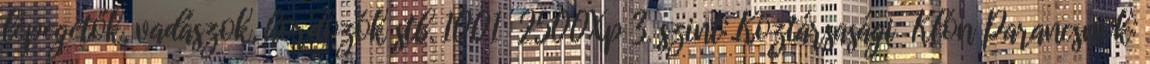
lépegetők, vadászok, hordozók stb. 1001 2500Xp 3. szint: Köztársasági Klón Parancsnok: